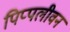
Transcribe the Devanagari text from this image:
पिप्पलीवन